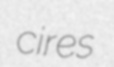
cires